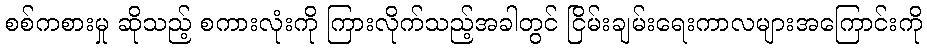
စစ်ကစားမှု ဆိုသည့် စကားလုံးကို ကြားလိုက်သည့်အခါတွင် ငြိမ်းချမ်းရေးကာလများအကြောင်းကို